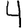
Digit: 4